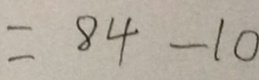
= 8 4 - 1 0